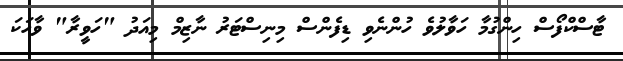
ޓާސްކްފޯސް ހިންގުމާ ހަވާލުވެ ހުންނެވި ޑިފެންސް މިނިސްޓަރު ނާޒިމް މިއަދު "ހަވީރާ" ވާހަކަ